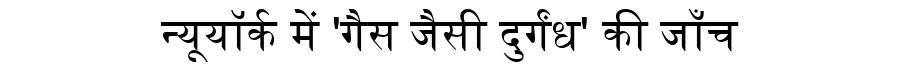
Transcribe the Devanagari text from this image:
न्यूयॉर्क में 'गैस जैसी दुर्गंध' की जाँच